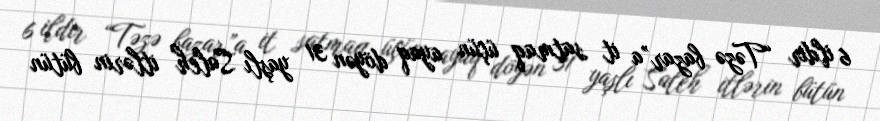
6 ildir “Təzə bazar”a it satmaq üçün ayaq döyən 31 yaşlı Saleh itlərin bütün